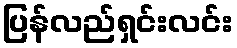
ပြန်လည်ရှင်းလင်း